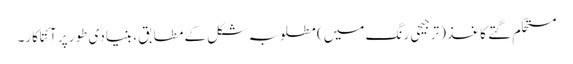
مستحکم گتے کاغذ (ترجیحی رنگ میں) مطلوبہ شکل کے مطابق ، بنیادی طور پر آئتاکار۔